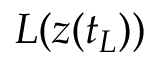
L ( \ensuremath { \boldsymbol { z } } ( t _ { L } ) )